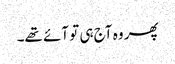
پھر وہ آج ہی تو آئے تھے۔